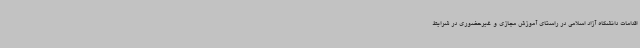
اقدامات دانشگاه آزاد اسلامی در راستای آموزش مجازی و غیرحضوری در شرایط